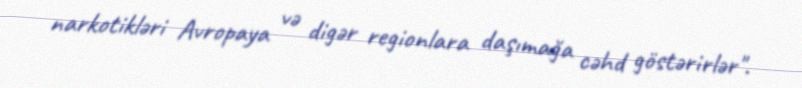
narkotikləri Avropaya və digər regionlara daşımağa cəhd göstərirlər".